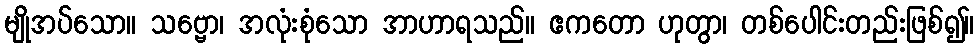
မျိုအပ်သော။ သဗ္ဗော၊ အလုံးစုံသော အာဟာရသည်။ ဧကတော ဟုတွာ၊ တစ်ပေါင်းတည်းဖြစ်၍။